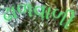
ઢાળવાળી